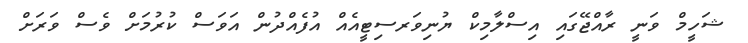
ޝަހީމް ވަނީ ރާއްޖޭގައި އިސްލާމިކް ޔުނިވަރސިޓީއެއް އުފެއްދުން އަވަސް ކުރުމަށް ވެސް ވަރަށް